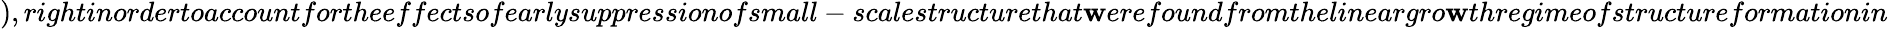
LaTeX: ),rightinordertoaccountfortheeffectsofearlysuppressionofsmall-scalestructurethat\mathbf{w}erefoundfromthelineargro\mathbf{w}thregimeofstructureformationin